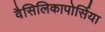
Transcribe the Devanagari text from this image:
वैसिलिकापोर्सिया